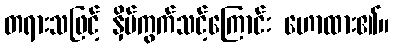
တရားသဖြင့် နှိပ်ကွက်သင့်ကြောင်း ဟောထား၏။